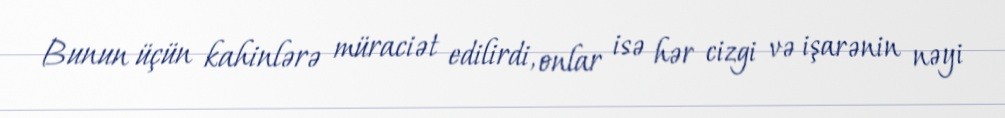
Bunun üçün kahinlərə müraciət edilirdi, onlar isə hər cizgi və işarənin nəyi